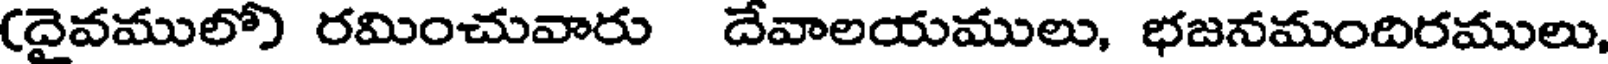
(దైవములో) రమించువారు దేవాలయములు, భజనమందిరములు,